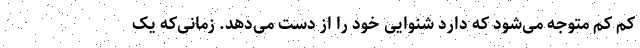
کم کم متوجه می‌شود که دارد شنوایی خود را از دست می‌دهد. زمانی‌که یک